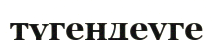
түгендеуге